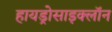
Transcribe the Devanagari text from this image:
हायड्रोसाइक्लॉन